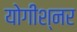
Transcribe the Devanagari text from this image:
योगीश्नर